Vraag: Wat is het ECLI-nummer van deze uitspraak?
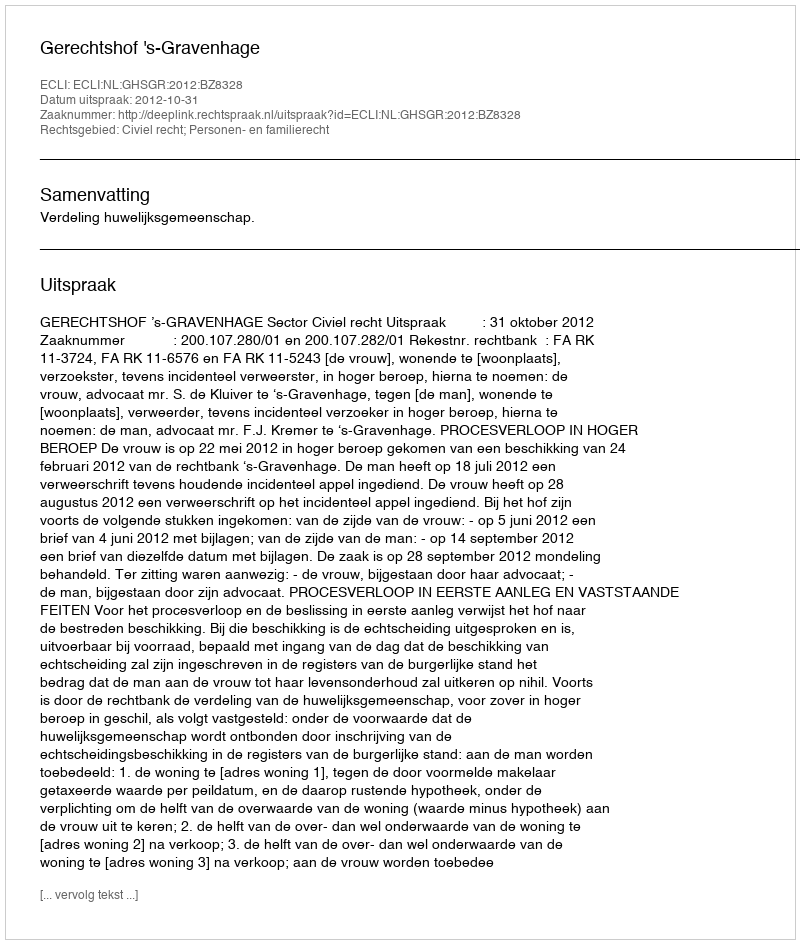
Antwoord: ECLI:NL:GHSGR:2012:BZ8328